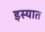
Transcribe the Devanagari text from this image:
इस्यात